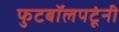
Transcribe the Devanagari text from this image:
फुटबॉलपटूंनी